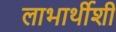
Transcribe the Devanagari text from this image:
लाभार्थीशी